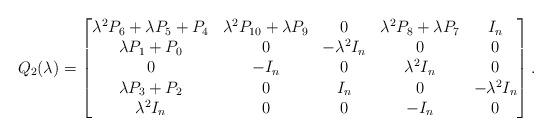
LaTeX: \begin{align*}Q_2(\lambda)=\begin{bmatrix}\lambda^2P_6+\lambda P_5+P_4 & \lambda^2 P_{10}+\lambda P_9 & 0 & \lambda^2 P_8+\lambda P_7 & I_n \\\lambda P_1+P_0 & 0 & -\lambda^2 I_n & 0 & 0 \\0 & -I_n & 0 & \lambda^2 I_n & 0 \\\lambda P_3+P_2 & 0 & I_n & 0 & -\lambda^2 I_n \\\lambda^2 I_n & 0 & 0 & -I_n & 0\end{bmatrix}.\end{align*}